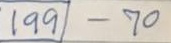
199 - 70